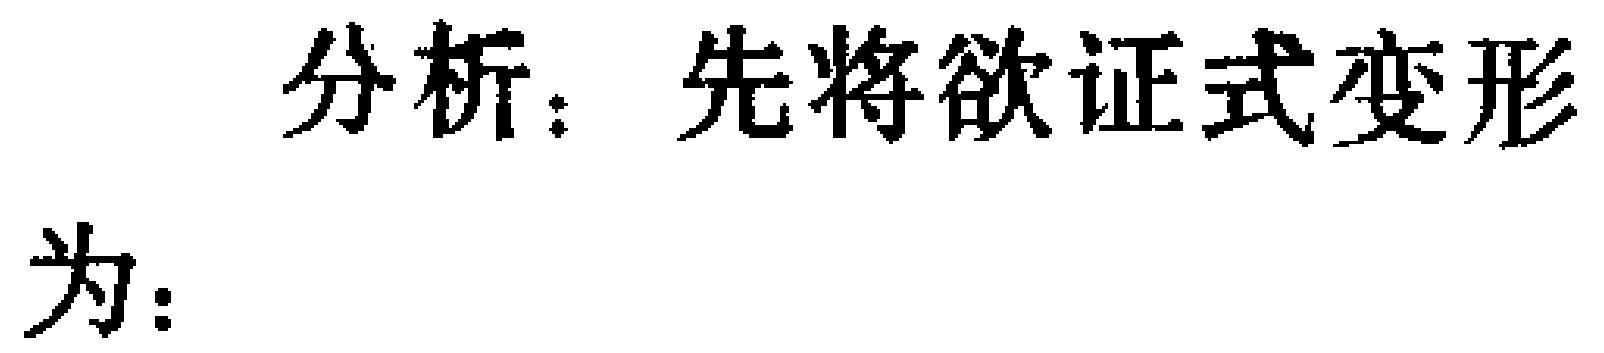
分析：先将欲证式变形
为：